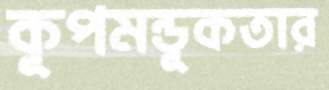
কূপমন্ডূকতার